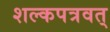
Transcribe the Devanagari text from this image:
शल्कपत्रवत्‌